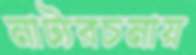
নাট্যরচনায়